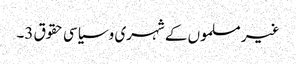
غیر مسلموں کے شہری و سیاسی حقوق 3۔